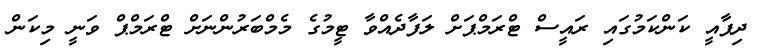
ދިފާއީ ކަންކަމުގައި ރައީސް ޓްރަމްޕަށް ލަފާދެއްވާ ޓީމުގެ މެމްބަރުންނަށް ޓްރަމްޕް ވަނީ މިކަން